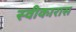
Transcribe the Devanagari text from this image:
स्वीकारास